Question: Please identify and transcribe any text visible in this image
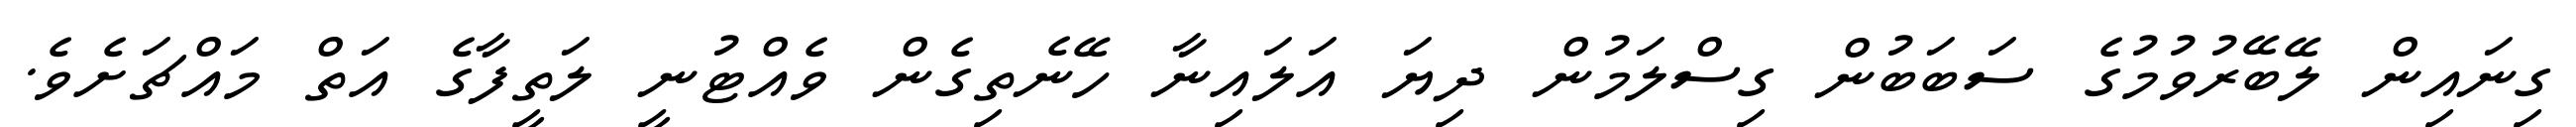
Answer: ގިނައިން ލޭބޭރުވުމުގެ ސަބަބުން ގިސްލަމުން ދިޔަ އަލައިނާ ހޭނެތިގެން ވެއްޓުނީ ލަތީފާގެ އަތް މައްޗަށެވެ.